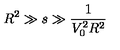
R ^ { 2 } \gg s \gg \frac { 1 } { V _ { 0 } ^ { 2 } R ^ { 2 } }